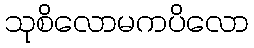
သုစိလောမကပိလော